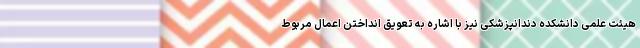
هیئت علمی دانشکده دندانپزشکی نیز با اشاره به تعویق انداختن اعمال مربوط